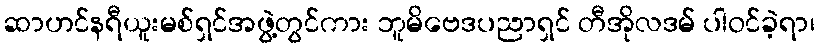
ဆာဟင်နရီယူးမစ်ရှင်အဖွဲ့တွင်ကား ဘူမိဗေဒပညာရှင် တီအိုလဒမ် ပါဝင်ခဲ့ရာ၊